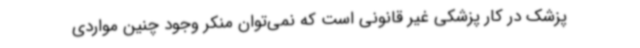
پزشک در کار پزشکی غیر قانونی است که نمی‌توان منکر وجود چنین مواردی